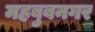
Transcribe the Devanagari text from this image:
महबुबनगर